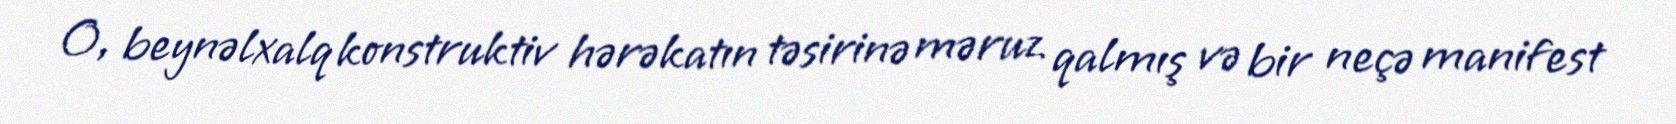
O, beynəlxalq konstruktiv hərəkatın təsirinə məruz qalmış və bir neçə manifest